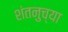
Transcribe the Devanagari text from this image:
शंतनुच्या